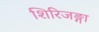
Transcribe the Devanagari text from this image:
शिरिजङ्गा